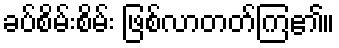
ခပ်စိမ်းစိမ်း ဖြစ်လာတတ်ကြ၏။